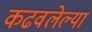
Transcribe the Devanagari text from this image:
कढवलेल्या